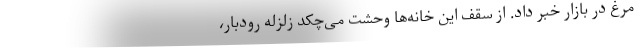
مرغ در بازار خبر داد. از سقف این خانه‌ها وحشت می‌چکد زلزله رودبار،